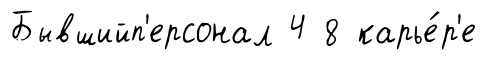
Бывшийп'ерсонал 4 8 карье́р'е